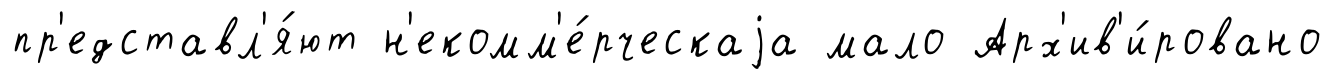
пр'едставл'я́ют н'екомм'е́рческаjа мало Арх'ив'и́ровано